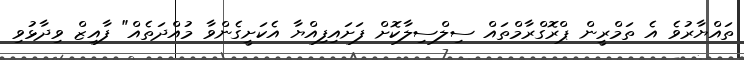
ތައްޔާރުވެ އެ ތަމްރީން ޕްރޮގްރާމްތައް ސިލްސިލާކޮށް ފަށައިފިއްޔާ އެކަށީގެންވާ މުއްދަތެއް" ފާއިޒް ވިދާޅުވި